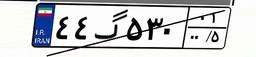
۴۴گ۵۳۰۰۱